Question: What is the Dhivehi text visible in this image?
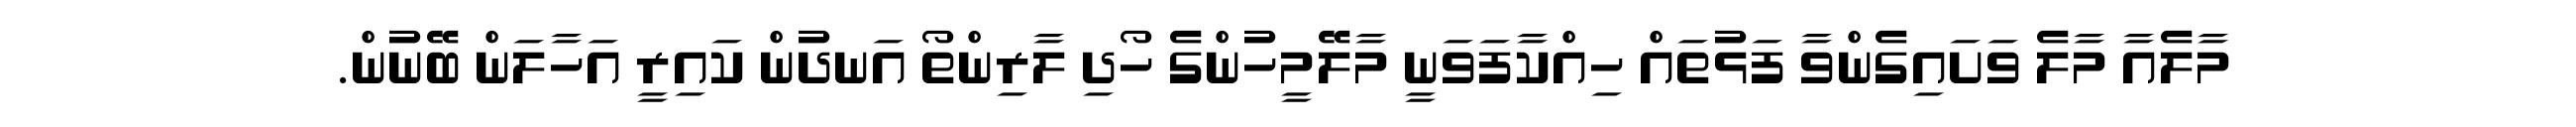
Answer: މާލެއާ މާލެ ވަށައިގެންވާ ފަޅުތައް ހިއްކާފަވަނީ މާލޭމީހުންގެ ހޯދި ލާރިންތޯ އަނދުން ކައިރީ އަހާލަން ބޭނުން.